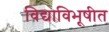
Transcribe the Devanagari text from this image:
विद्याविभूषीत